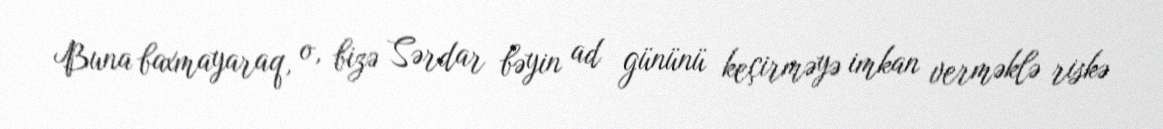
Buna baxmayaraq, o, bizə Sərdar bəyin ad gününü keçirməyə imkan verməklə riskə